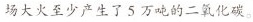
场大火至少产生了5万吨的二氧化碳。